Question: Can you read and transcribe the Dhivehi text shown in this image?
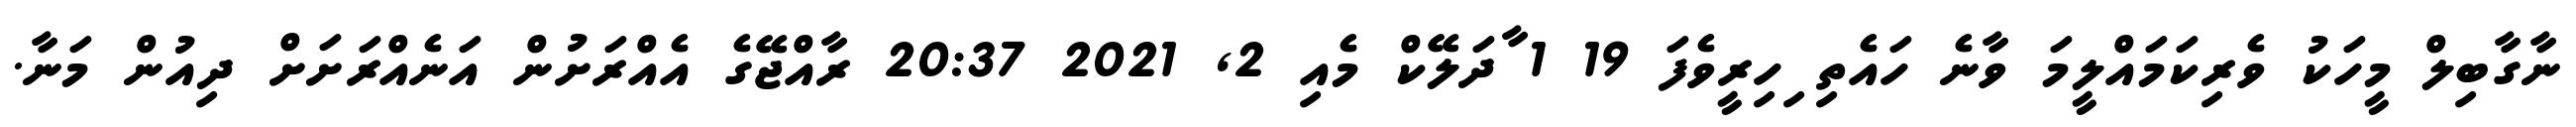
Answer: ނާގާބިލް މީހަކު ވެރިކަމައްލީމަ ވާނެ ހައެތި ިހިރީވެފަ 19 1 ާދަލޭކް މެއި 2, 2021 20:37 ރާއްޖޭގެ އެއްރަށުން އަނެއްރަށަށް ދިއުން މަނާ.